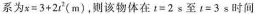
系为$$x=3+2t^{2}(m)$$，则该物体在$$t=2s$$至$$t=3s$$时间